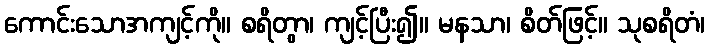
ကောင်းသောအကျင့်ကို။ စရိတွာ၊ ကျင့်ပြီး၍။ မနသာ၊ စိတ်ဖြင့်။ သုစရိတံ၊